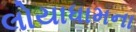
લોયાધામના